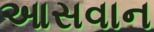
આસવાન